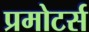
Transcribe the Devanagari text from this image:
प्रमोटर्स